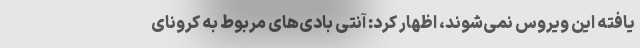
یافته این ویروس نمی‌شوند، اظهار کرد: آنتی بادی‌های مربوط به کرونای